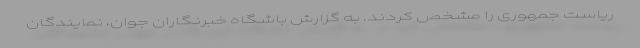
ریاست جمهوری را مشخص کردند. به گزارش باشگاه خبرنگاران جوان، نمایندگان